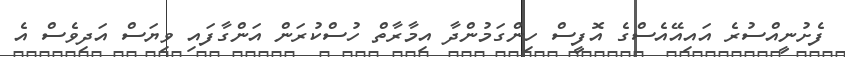
ފެށުނީއްސުރެ އައިއޭއެސްގެ އޮފީސް ހިންގަމުންދާ އިމާރާތް ހުސްކުރަން އަންގާފައި ވިޔަސް އަދިވެސް އެ